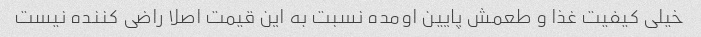
خیلی کیفیت غذا و طعمش پایین اومده نسبت به این قیمت اصلا راضی کننده نیست